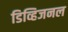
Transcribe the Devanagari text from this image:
डिव्हिजनल